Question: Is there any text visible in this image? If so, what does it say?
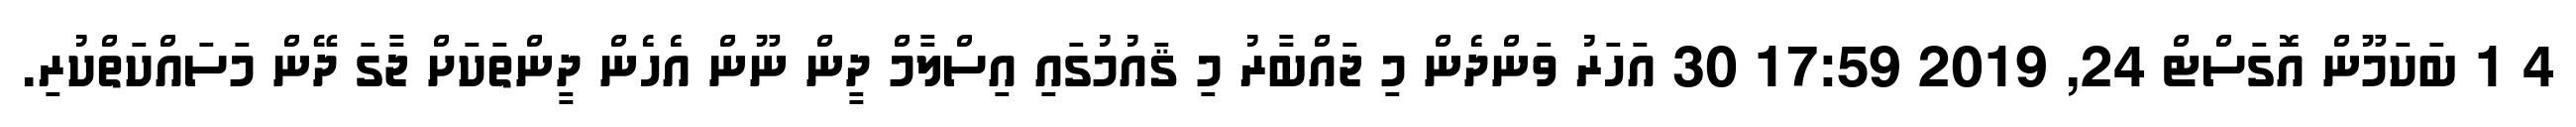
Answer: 4 1 ބަކަމޫން އޮގަސްޓް 24, 2019 17:59 30 އަހަރު ވަންދެން މި ޖައްބާރު މި ޤައުމުގައި އިސްލާމް ދީން ނޫން އެހެން ދީންތަކަށް ޖާގަ ދޭން މަސައްކަތްކުރި.